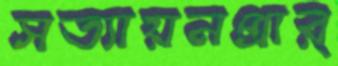
সত্যায়নপ্রার্